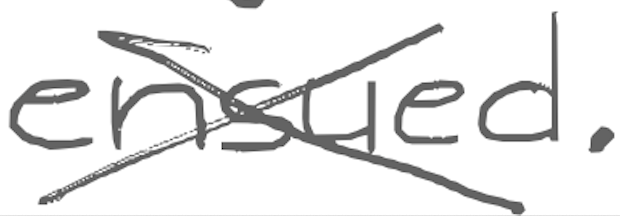
Text: ensued.
Cross-out: cross
Writing tool: digital_gray